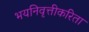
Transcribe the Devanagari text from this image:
भयनिवृत्तीकरिता